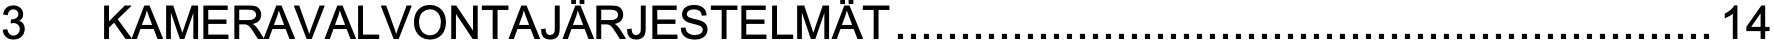
3  KAMERAVALVONTAJÄRJESTELMÄT...............................................................14